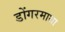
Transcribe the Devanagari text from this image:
डोंगरमाथा